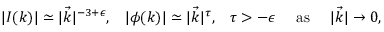
\begin{array} { c c c c c } { { | I ( k ) | \simeq | \vec { k } | ^ { - 3 + \epsilon } , } } & { { | \phi ( k ) | \simeq | \vec { k } | ^ { \tau } , } } & { { \tau > - \epsilon } } & { { \mathrm { \ a s \ } } } & { { | \vec { k } | \rightarrow 0 , } } \end{array}